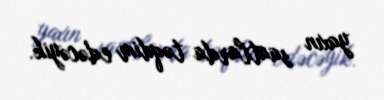
yaxın saatlarda təqdim edəcəyik.